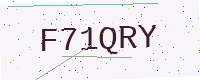
Text: F71QRY